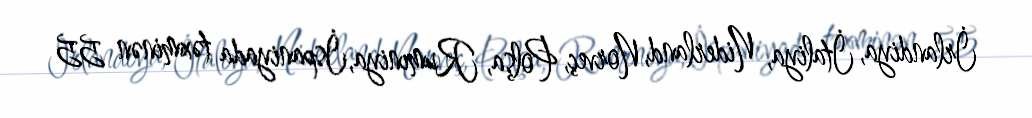
İrlandiya, İtaliya, Niderland, Norveç, Polşa, Rumıniya, İspaniyada təxminən 55